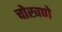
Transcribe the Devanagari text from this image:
चोखणे